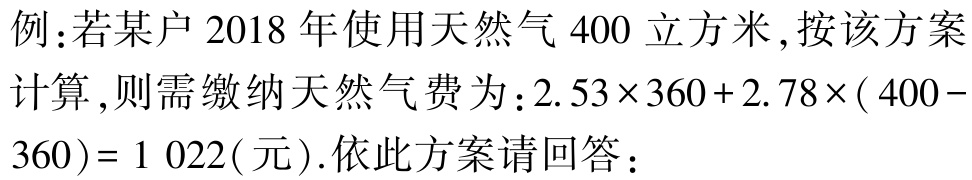
例：若某户 2018 年使用天然气 400 立方米,按该方案计算,则需缴纳天然气费为：$2.53\times360 + 2.78\times(400 - 360)= 1022$(元). 依此方案请回答：